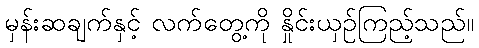
မှန်းဆချက်နှင့် လက်တွေ့ကို နှိုင်းယှဉ်ကြည့်သည်။